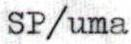
SP/uma